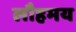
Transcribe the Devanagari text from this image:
लौहमय